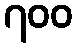
၇၀၀